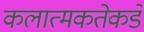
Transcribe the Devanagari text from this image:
कलात्मकतेकडे